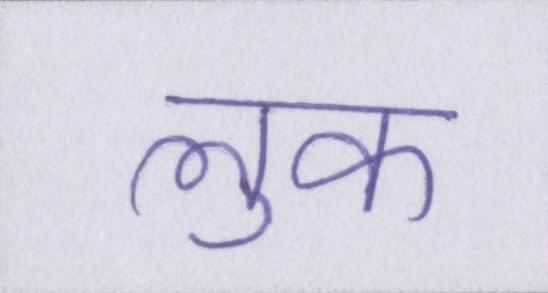
लुक